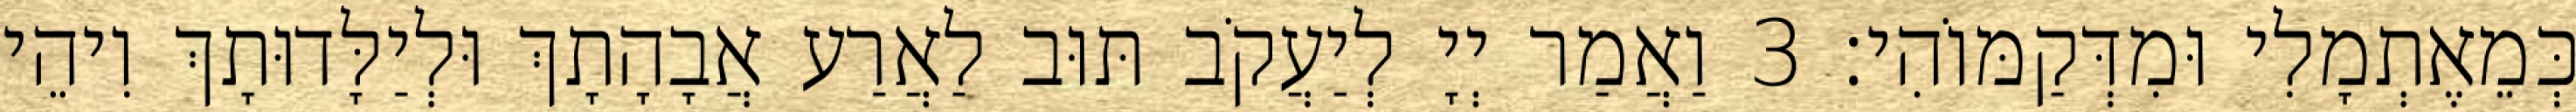
כְּמֵאֶתְמָלִי וּמִדְּקַמּוֹהִי׃ 3 וַאֲמַר יְיָ לְיַעֲקֹב תּוּב לַאֲרַע אֲבָהָתָךְ וּלְיַלָּדוּתָךְ וִיהֵי